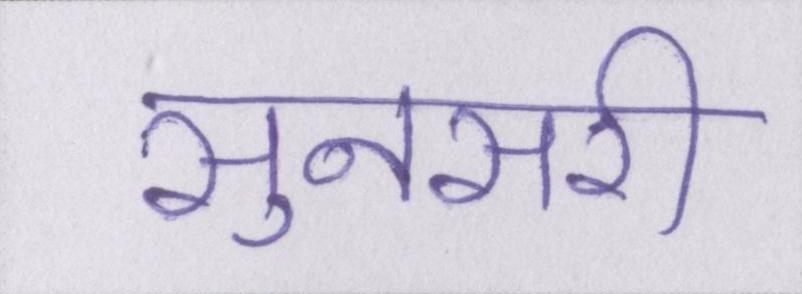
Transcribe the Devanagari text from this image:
सुनसरी